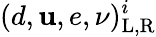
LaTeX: (d,\mathbf{u},e,\nu)_{\mathrm{{L,R}}}^{i}